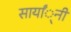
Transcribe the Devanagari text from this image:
सार्यां्नी